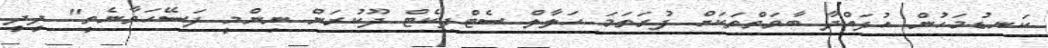
ކަނޑުމަހުން އުފައްދާ ބާވަތްތަކަށް ފުރަތަމަ ހަލާލް ސެޓްފިކެޓް ދޫކުރަން ނިންމީ ފަސޭހަވާނެތީ" ދީދީ